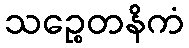
သဉ္စေတနိကံ